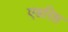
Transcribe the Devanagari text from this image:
एडरिस